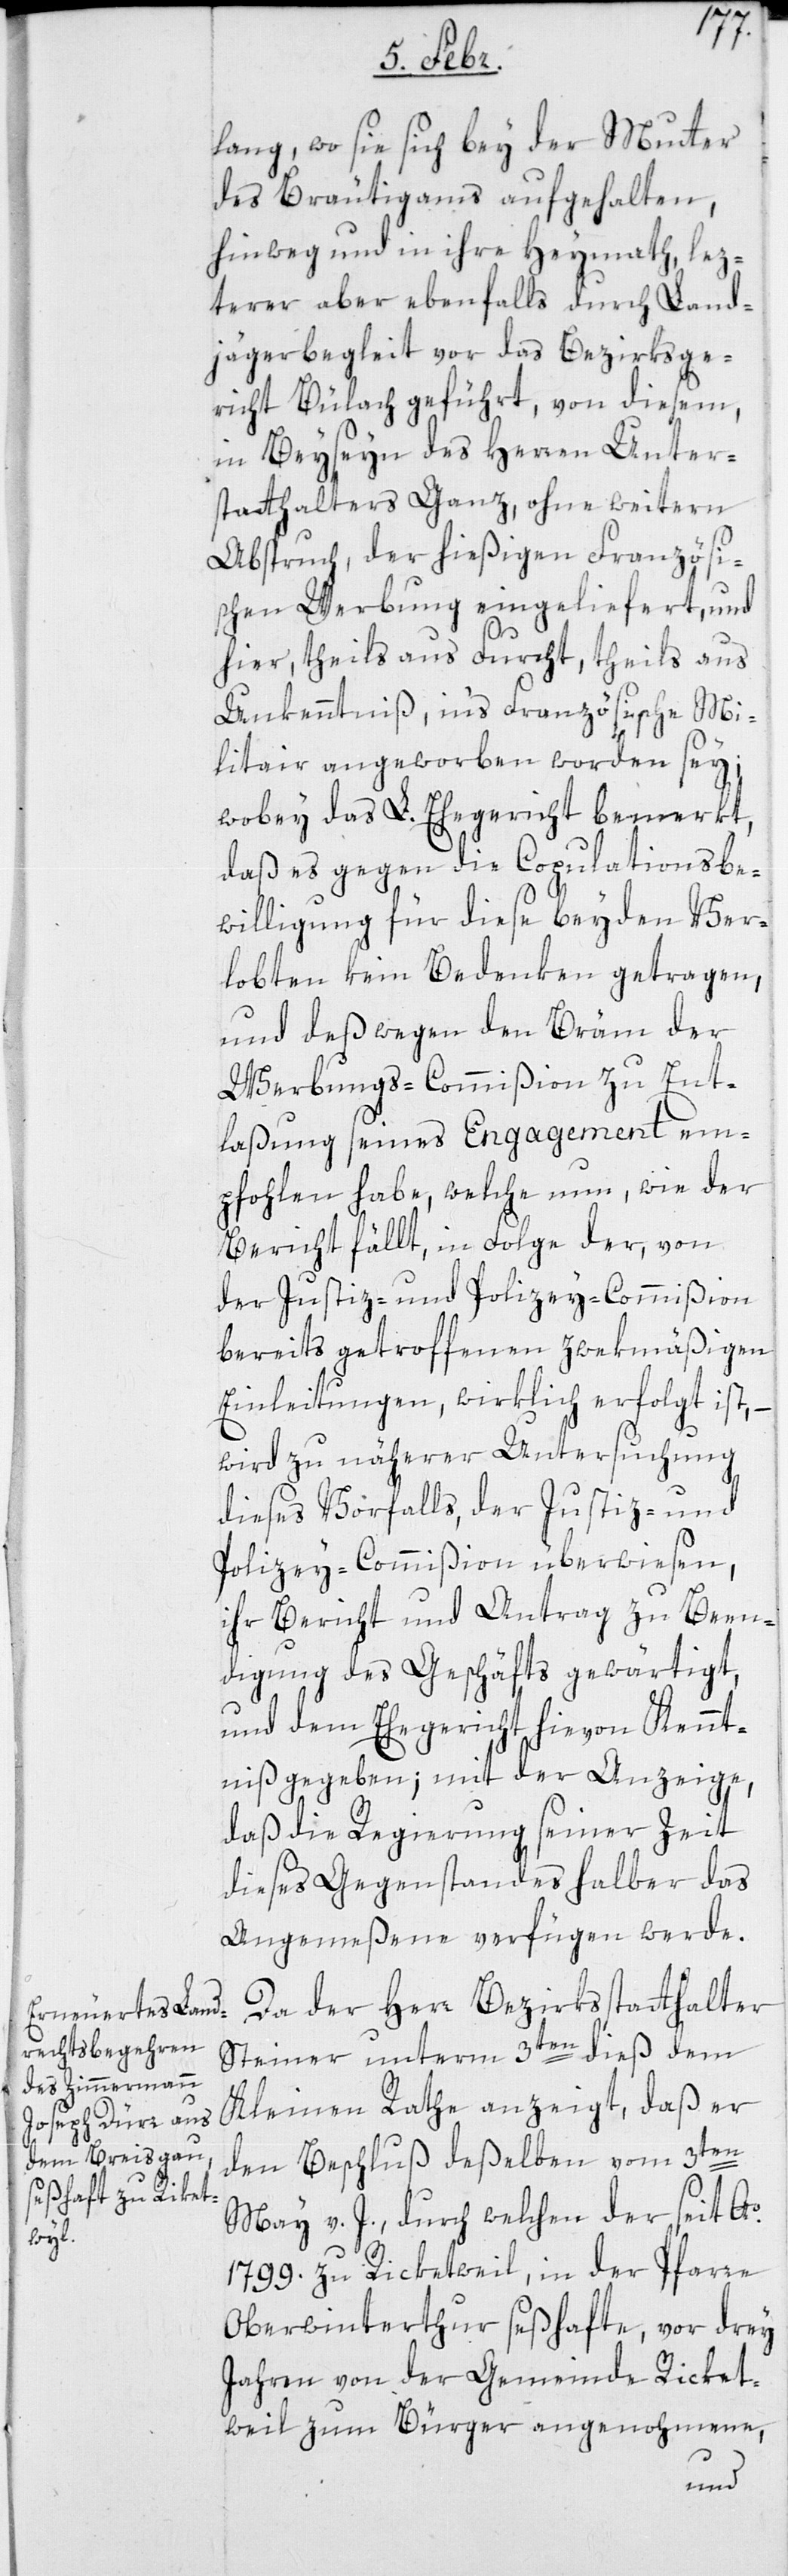
lang, wo sie sich bey der Mutter
des Bräutigams aufgehalten,
hinweg und in ihre Heymath, lez¬
terer aber ebenfalls durch Land¬
jägerbegleit vor das Bezirksge¬
richt Bülach geführt, von diesem,
in Beyseyn des Herren Unter¬
statthalters Ganz, ohne weitern
Abspruch, der hießigen Französi¬
schen Werbung eingeliefert, und
hier, theils aus Furcht, theils aus
Unkenntnis, ins Französische Mi¬
litair angeworben worden sey;
wobey das L. Ehegericht bemerkt,
daß es gegen die Copulationsbe¬
willigung für diese beyden Ver¬
lobten kein Bedenken getragen,
und deßwegen den Bräm der
Werbungscommißion zu Ent¬
laßung seines Engagement em¬
pfohlen habe, welche nun, wie der
Bericht fällt, in Folge der von
der Justiz- und Polizey-Commißion
bereits getroffenen zwekmäßigen
Einleitungen, wirklich erfolgt ist;
wird zu näherer Untersuchung
dieses Vorfalls, der Justiz- und
Polizey-Commißion überwiesen,
ihr Bericht und Antrag zu Been¬
digung des Geschäfts gewärtigt,
und dem Ehegericht hievon Kennt¬
niß gegeben; mit der Anzeige,
daß die Regierung seiner Zeit
dieses Gegenstandes halber das
Angemeßene verfügen werde.
Da der Herr Bezirksstatthalter
Steiner unterm 3ten dieß dem
Kleinen Rathe anzeigt, daß er
den Beschluß deßelben vom 3ten
May v. J., durch welchen der seit Ao.
1799. zu Riketweil, in der Pfarre
Oberwinterthur seßhafte, vor drey
Jahren von der Gemeinde Riket¬
weil zum Bürger angenohmene,